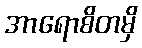
အာရောစိတမှိ